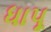
ધાપૂ